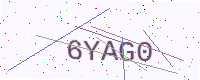
Text: 6YAG0